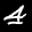
Label: 4